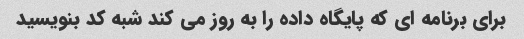
برای برنامه ای که پایگاه داده را به روز می کند شبه کد بنویسید